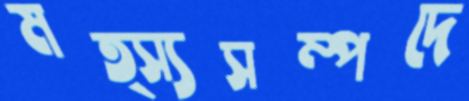
মত্স্যসম্পদে